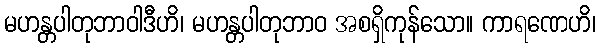
မဟန္တပါတုဘာဝါဒီဟိ၊ မဟန္တပါတုဘာဝ အစရှိကုန်သော။ ကာရဏေဟိ၊